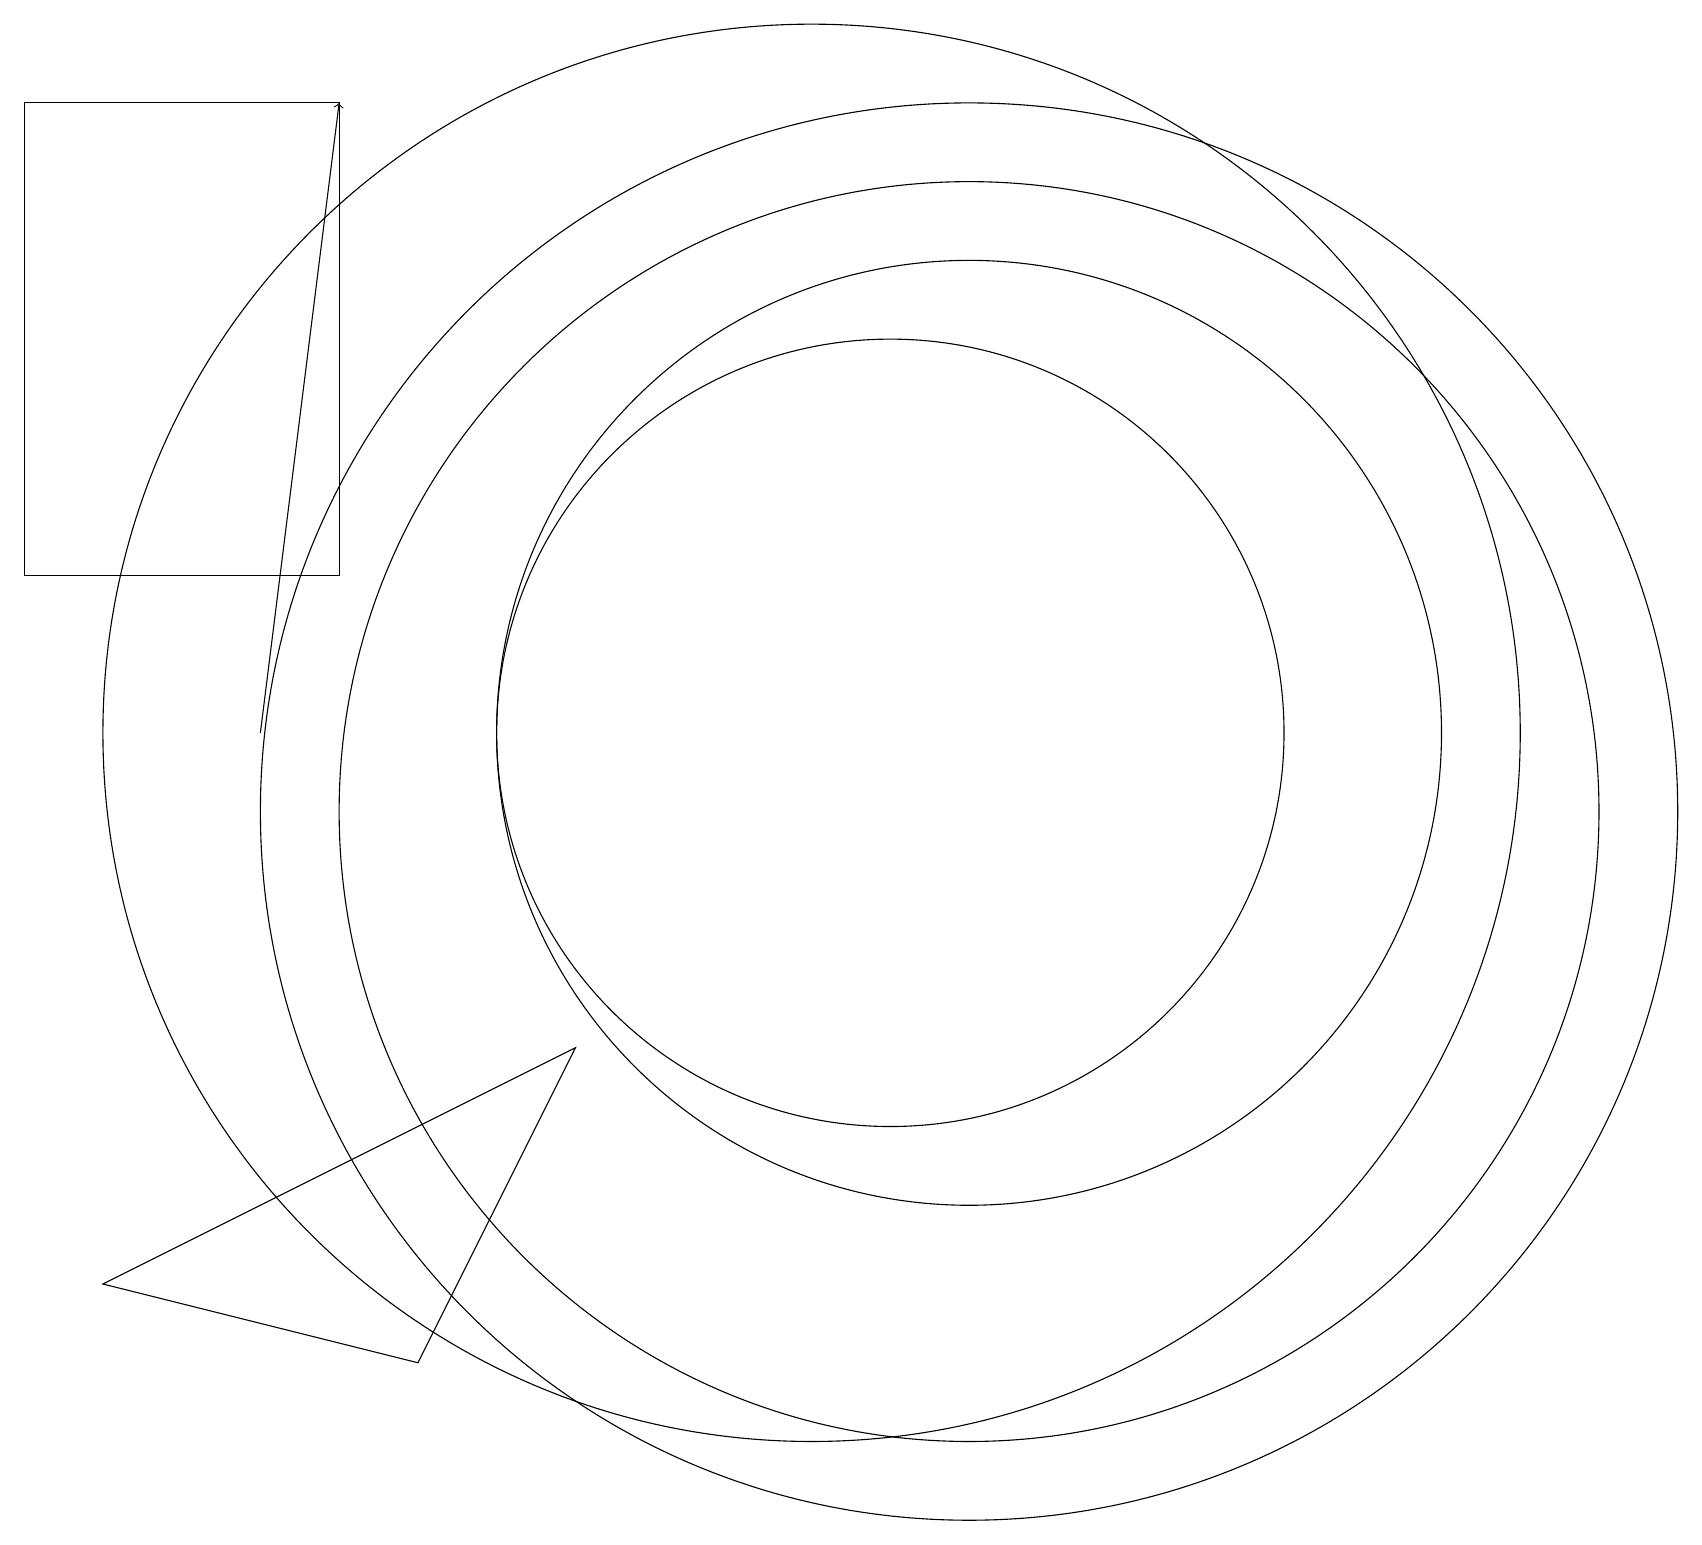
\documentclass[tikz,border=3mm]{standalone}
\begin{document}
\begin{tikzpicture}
\draw (12,11) circle (6);
\draw (11,11) circle (5);
\draw (12,10) circle (8);
\draw (10,11) circle (9);
\draw (12,10) circle (9);
\draw (1,4) -- (7,7) -- (5,3) -- cycle;
\draw (4,13) rectangle (0,19);
\draw[->] (3,11) -- (4,19);
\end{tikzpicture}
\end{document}